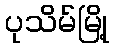
ပုသိမ်မြို့